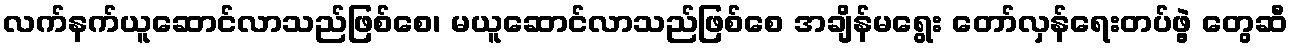
လက်နက်ယူဆောင်လာသည်ဖြစ်စေ၊ မယူဆောင်လာသည်ဖြစ်စေ အချိန်မရွေး တော်လှန်ရေးတပ်ဖွဲ့ တွေဆီ